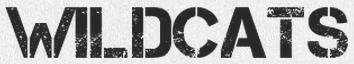
WILDCATS